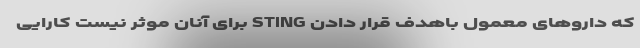
که داروهای معمول باهدف قرار دادن STING برای آنان موثر نیست کارایی